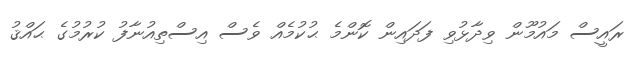
ރައީސް މައުމޫން ވިދާޅުވި ފަދައިން ކޮންމެ ޙުކުމެއް ވެސް އިސްތިއުނާފު ކުރުމުގެ ޙައްޤު